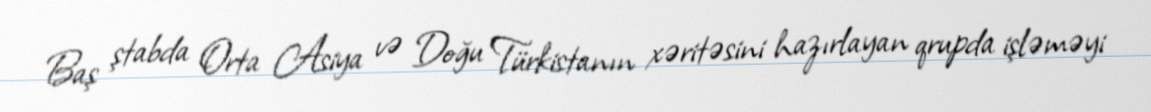
Baş ştabda Orta Asiya və Doğu Türkistanın xəritəsini hazırlayan qrupda işləməyi